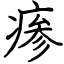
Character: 瘆